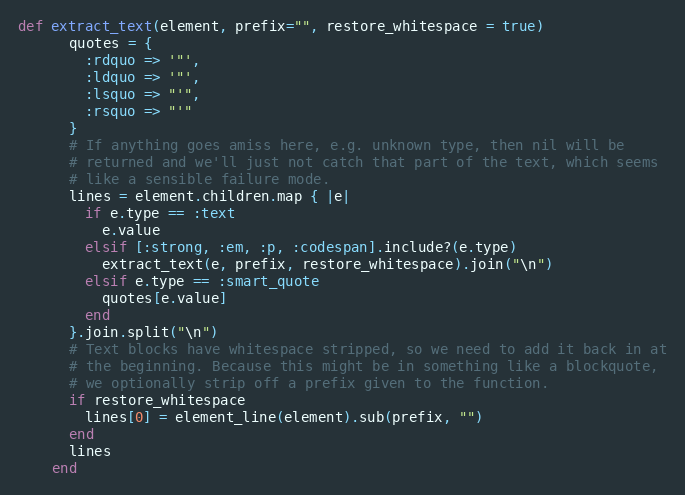
Language: Ruby
def extract_text(element, prefix="", restore_whitespace = true)
      quotes = {
        :rdquo => '"',
        :ldquo => '"',
        :lsquo => "'",
        :rsquo => "'"
      }
      # If anything goes amiss here, e.g. unknown type, then nil will be
      # returned and we'll just not catch that part of the text, which seems
      # like a sensible failure mode.
      lines = element.children.map { |e|
        if e.type == :text
          e.value
        elsif [:strong, :em, :p, :codespan].include?(e.type)
          extract_text(e, prefix, restore_whitespace).join("\n")
        elsif e.type == :smart_quote
          quotes[e.value]
        end
      }.join.split("\n")
      # Text blocks have whitespace stripped, so we need to add it back in at
      # the beginning. Because this might be in something like a blockquote,
      # we optionally strip off a prefix given to the function.
      if restore_whitespace
        lines[0] = element_line(element).sub(prefix, "")
      end
      lines
    end